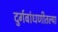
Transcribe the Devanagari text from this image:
दुर्गबांधणीतल्या